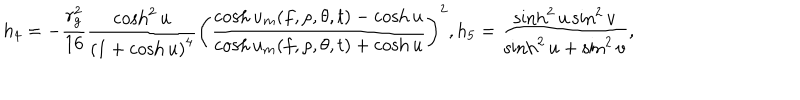
LaTeX: h _ { 4 } = - \frac { r _ { g } ^ { 2 } } { 1 6 } \frac { \cosh ^ { 2 } u } { \left( 1 + \cosh u \right) ^ { 4 } } \left( \frac { \cosh u _ { m } ( f , \rho , \theta , t ) - \cosh u } { \cosh u _ { m } ( f , \rho , \theta , t ) + \cosh u } \right) ^ { 2 } , h _ { 5 } = \frac { \sinh ^ { 2 } u \sin ^ { 2 } v } { \sinh ^ { 2 } u + \sin ^ { 2 } v } ,